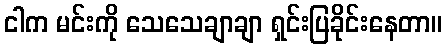
ငါက မင်းကို သေသေချာချာ ရှင်းပြခိုင်းနေတာ။